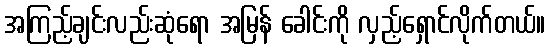
အကြည့်ချင်းလည်းဆုံရော အမြန် ခေါင်းကို လှည့်ရှောင်လိုက်တယ်။